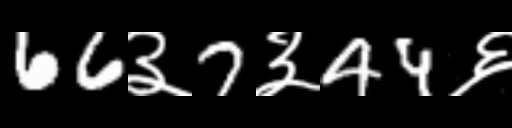
Text: 66३7३44६